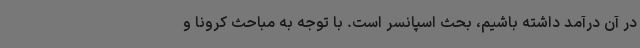
در آن درآمد داشته باشیم، بحث اسپانسر است. با توجه به مباحث کرونا و